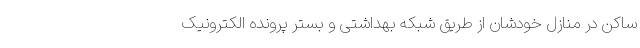
ساکن در منازل خودشان از طریق شبکه بهداشتی و بستر پرونده الکترونیک